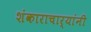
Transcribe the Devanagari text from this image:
शंकाराचार्यांनी